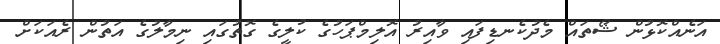
އަނެއްކޮޅުން ޝޯތައް މެދުކެނޑިފައި ވާއިރު އޮލިމްޕަހުގެ ކުލީގެ ގޮތުގައި ނިމާލުގެ އަތުން ރެއަކަށް